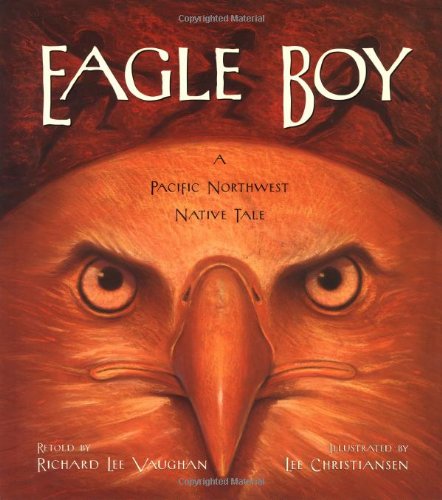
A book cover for Eagle Boy: A Pacific Northwest Native Tale; Richard Lee Vaughan; Children's Books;